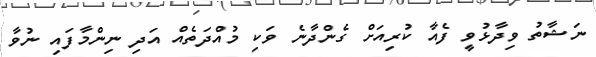
ނަޝާތު ވިދާޅުވީ ފެއާ ކުރިއަށް ގެންދާނެ ވަކި މުއްދަތެއް އަދި ނިންމާފައި ނުވާ